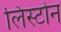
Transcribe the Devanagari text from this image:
लिस्टोन